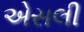
એસલી